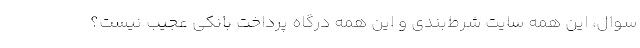
سوال، این همه سایت شرط‌بندی و این همه درگاه پرداخت بانکی عجیب نیست؟